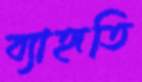
ব্যাহৃতি